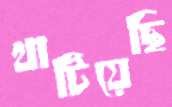
খাটিয়েছি